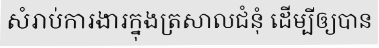
សំរាប់ការងារក្នុងត្រសាលជំនុំ ដើម្បីឲ្យបាន